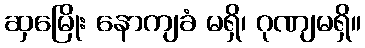
ဆှမြေိုး နောကျခံ မရှိ၊ ဂုဏျမရှိ။